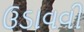
ઉડાવવી